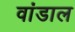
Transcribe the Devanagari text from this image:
वांडाल